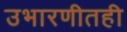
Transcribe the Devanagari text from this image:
उभारणीतही